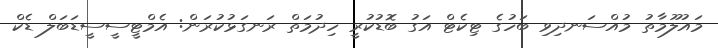
މައުލޫމާތު މުއްސަނދިވި ބަހުގެ ޓިކެޓް އަގު ބޮޑުކުރީ ހިދުމަތް ރަނގަޅުކުރަން: އެމްޓީސީސީޑަބަލް ޑެކް